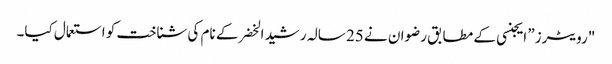
"رویٹرز” ایجنسی کے مطابق رضوان نے 25 سالہ رشید الخضر کے نام کی شناخت کو استعمال کیا۔